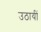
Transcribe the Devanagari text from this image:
उठायीं